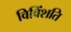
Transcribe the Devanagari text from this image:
विविंशति